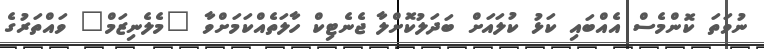
ނުވަތަ ކޮންމެސް އެއްބައި ކަޅު ކުލައަށް ބަދަލުކޮށްލާ ޖެނެޓިކް ހާލަތެއްކަމަށްވާ "މެލެނިޒަމް" ވައްތަރުގެ